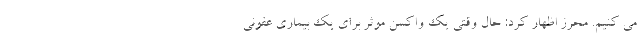
می کنیم. محرز اظهار کرد: حال وقتی یک واکسن موثر برای یک بیماری عفونی